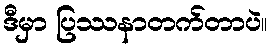
ဒီမှာ ပြဿနာတက်တာပဲ။